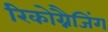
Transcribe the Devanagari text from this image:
रिकोग्नैजिंग